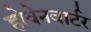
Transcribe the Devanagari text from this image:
होवेनवार्टर